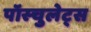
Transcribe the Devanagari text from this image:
पॉस्चुलेट्स